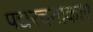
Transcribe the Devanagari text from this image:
पद्यरचनाकार